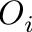
O _ { i }